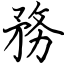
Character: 務